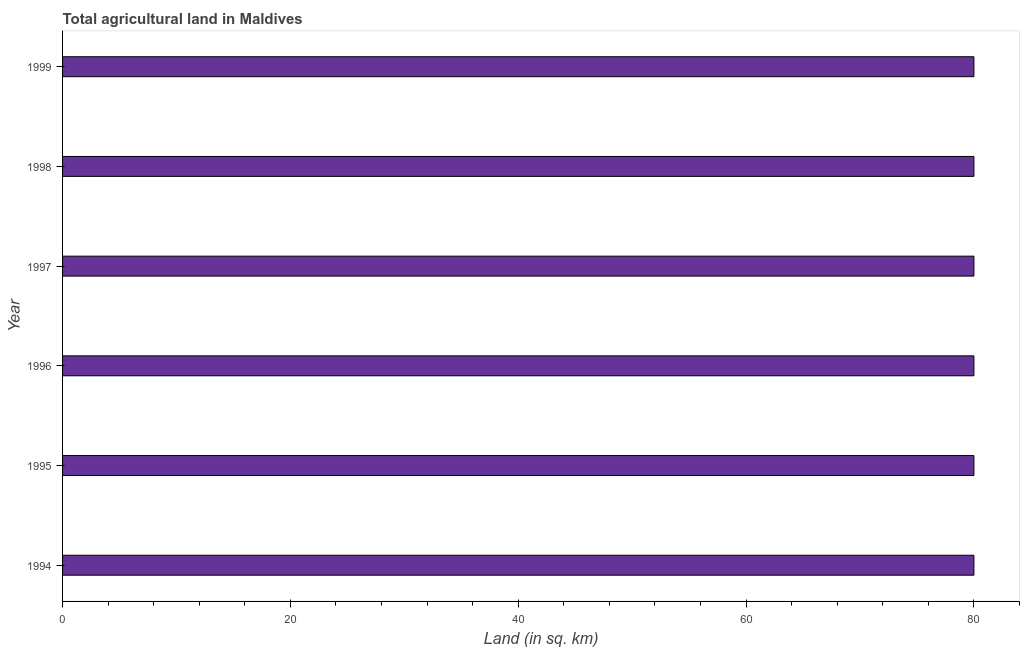
| Year | Agricultural land (sq. km) |
 | --- | --- |
 | 1994 | 80 |
 | 1995 | 80 |
 | 1996 | 80 |
 | 1997 | 80 |
 | 1998 | 80 |
 | 1999 | 80 |